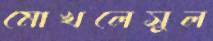
মোখলেসুল